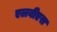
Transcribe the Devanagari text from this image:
एलवीएस